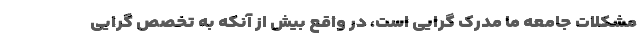
مشکلات جامعه ما مدرک گرایی است، در واقع بیش از آنکه به تخصص گرایی